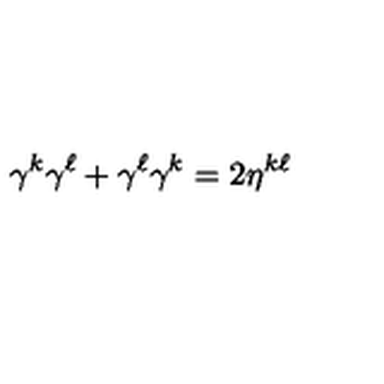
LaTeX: \gamma ^ { k } \gamma ^ { \ell } + \gamma ^ { \ell } \gamma ^ { k } = 2 \eta ^ { k \ell }